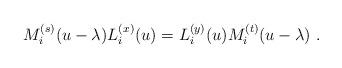
LaTeX: \begin{align*}M_i^{(s)}(u-\lambda)L_i^{(x)}(u)=L_i^{(y)}(u)M_i^{(t)}(u-\lambda)~.\end{align*}